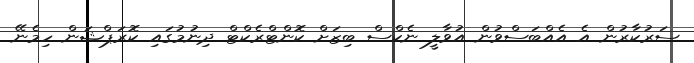
ސަރުކާރުން އެ އެއްބަސްވުން އުވާލީ ނެކްސް ބިޒަށް ކޮންޓްރެކްޓް ދިނުމުގައި ކޮރަޕްޝަން ހިމެނޭ